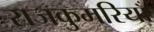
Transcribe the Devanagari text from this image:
राजकुमरियाँ